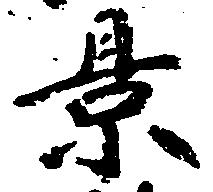
景